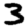
Digit: 3